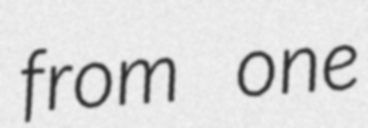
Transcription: from one